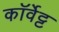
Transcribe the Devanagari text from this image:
कॉर्वेट्ट